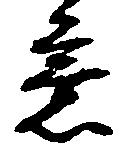
意